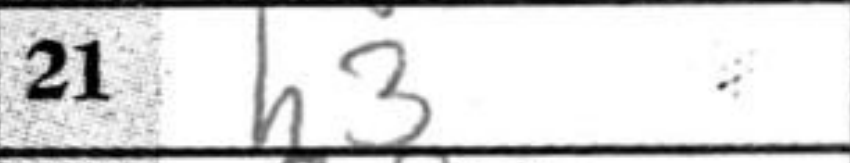
Transcription: h3